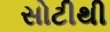
સોટીથી